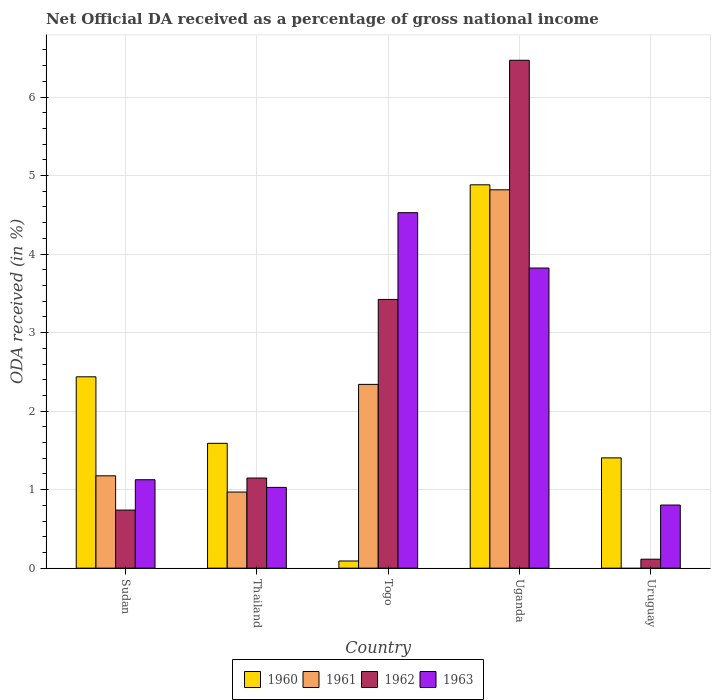
| Country | 1960 | 1961 | 1962 | 1963 |
 | --- | --- | --- | --- | --- |
 | Sudan | 2.44 | 1.18 | 0.74 | 1.13 |
 | Thailand | 1.59 | 0.969 | 1.15 | 1.03 |
 | Togo | 0.0912 | 2.34 | 3.42 | 4.53 |
 | Uganda | 4.88 | 4.82 | 6.47 | 3.82 |
 | Uruguay | 1.4 | -0.037 | 0.114 | 0.804 |